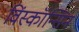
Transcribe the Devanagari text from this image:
विंस्कॉन्सिन